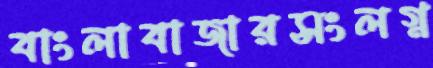
বাংলাবাজারসংলগ্ন